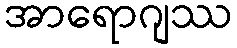
အာရောဂျဿ